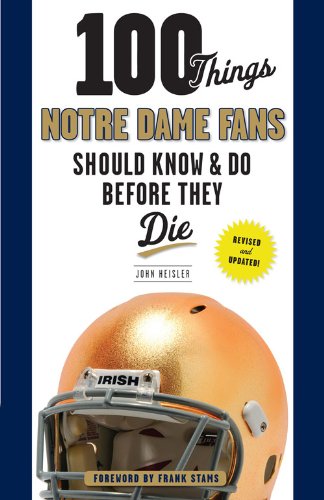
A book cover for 100 Things Notre Dame Fans Should Know & Do Before They Die (100 Things...Fans Should Know); John Heisler; Sports & Outdoors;